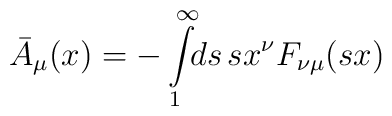
\bar A_\mu(x) = -\int\limits^\infty_1 \!\! ds \, s x^\nu F_{\nu\mu}(sx)